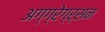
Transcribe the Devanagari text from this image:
अग्ग्रेग्र्सन